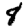
Digit: 8